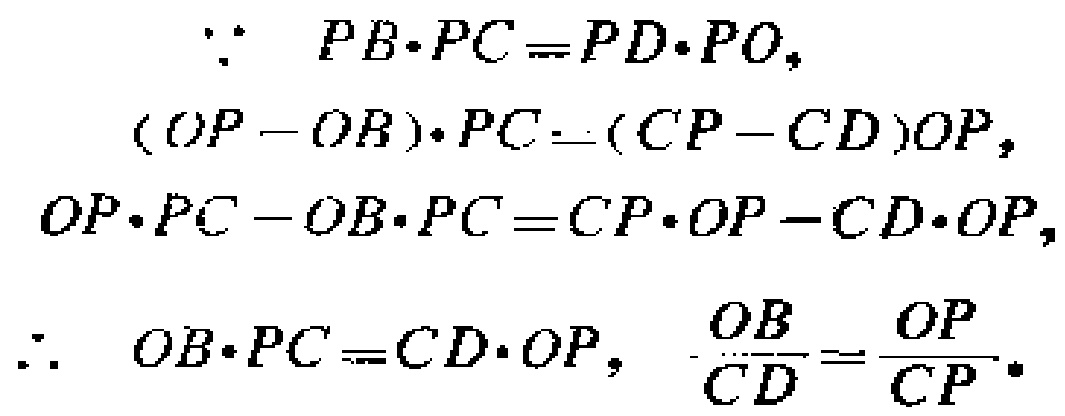
\[
\begin{align*}
&\because PB\cdot PC = PD\cdot PO,\\
&(OP - OB)\cdot PC=(CP - CD)OP,\\
&OP\cdot PC - OB\cdot PC = CP\cdot OP - CD\cdot OP,\\
&\therefore OB\cdot PC = CD\cdot OP,\quad \frac{OB}{CD}=\frac{OP}{CP}.
\end{align*}
\]